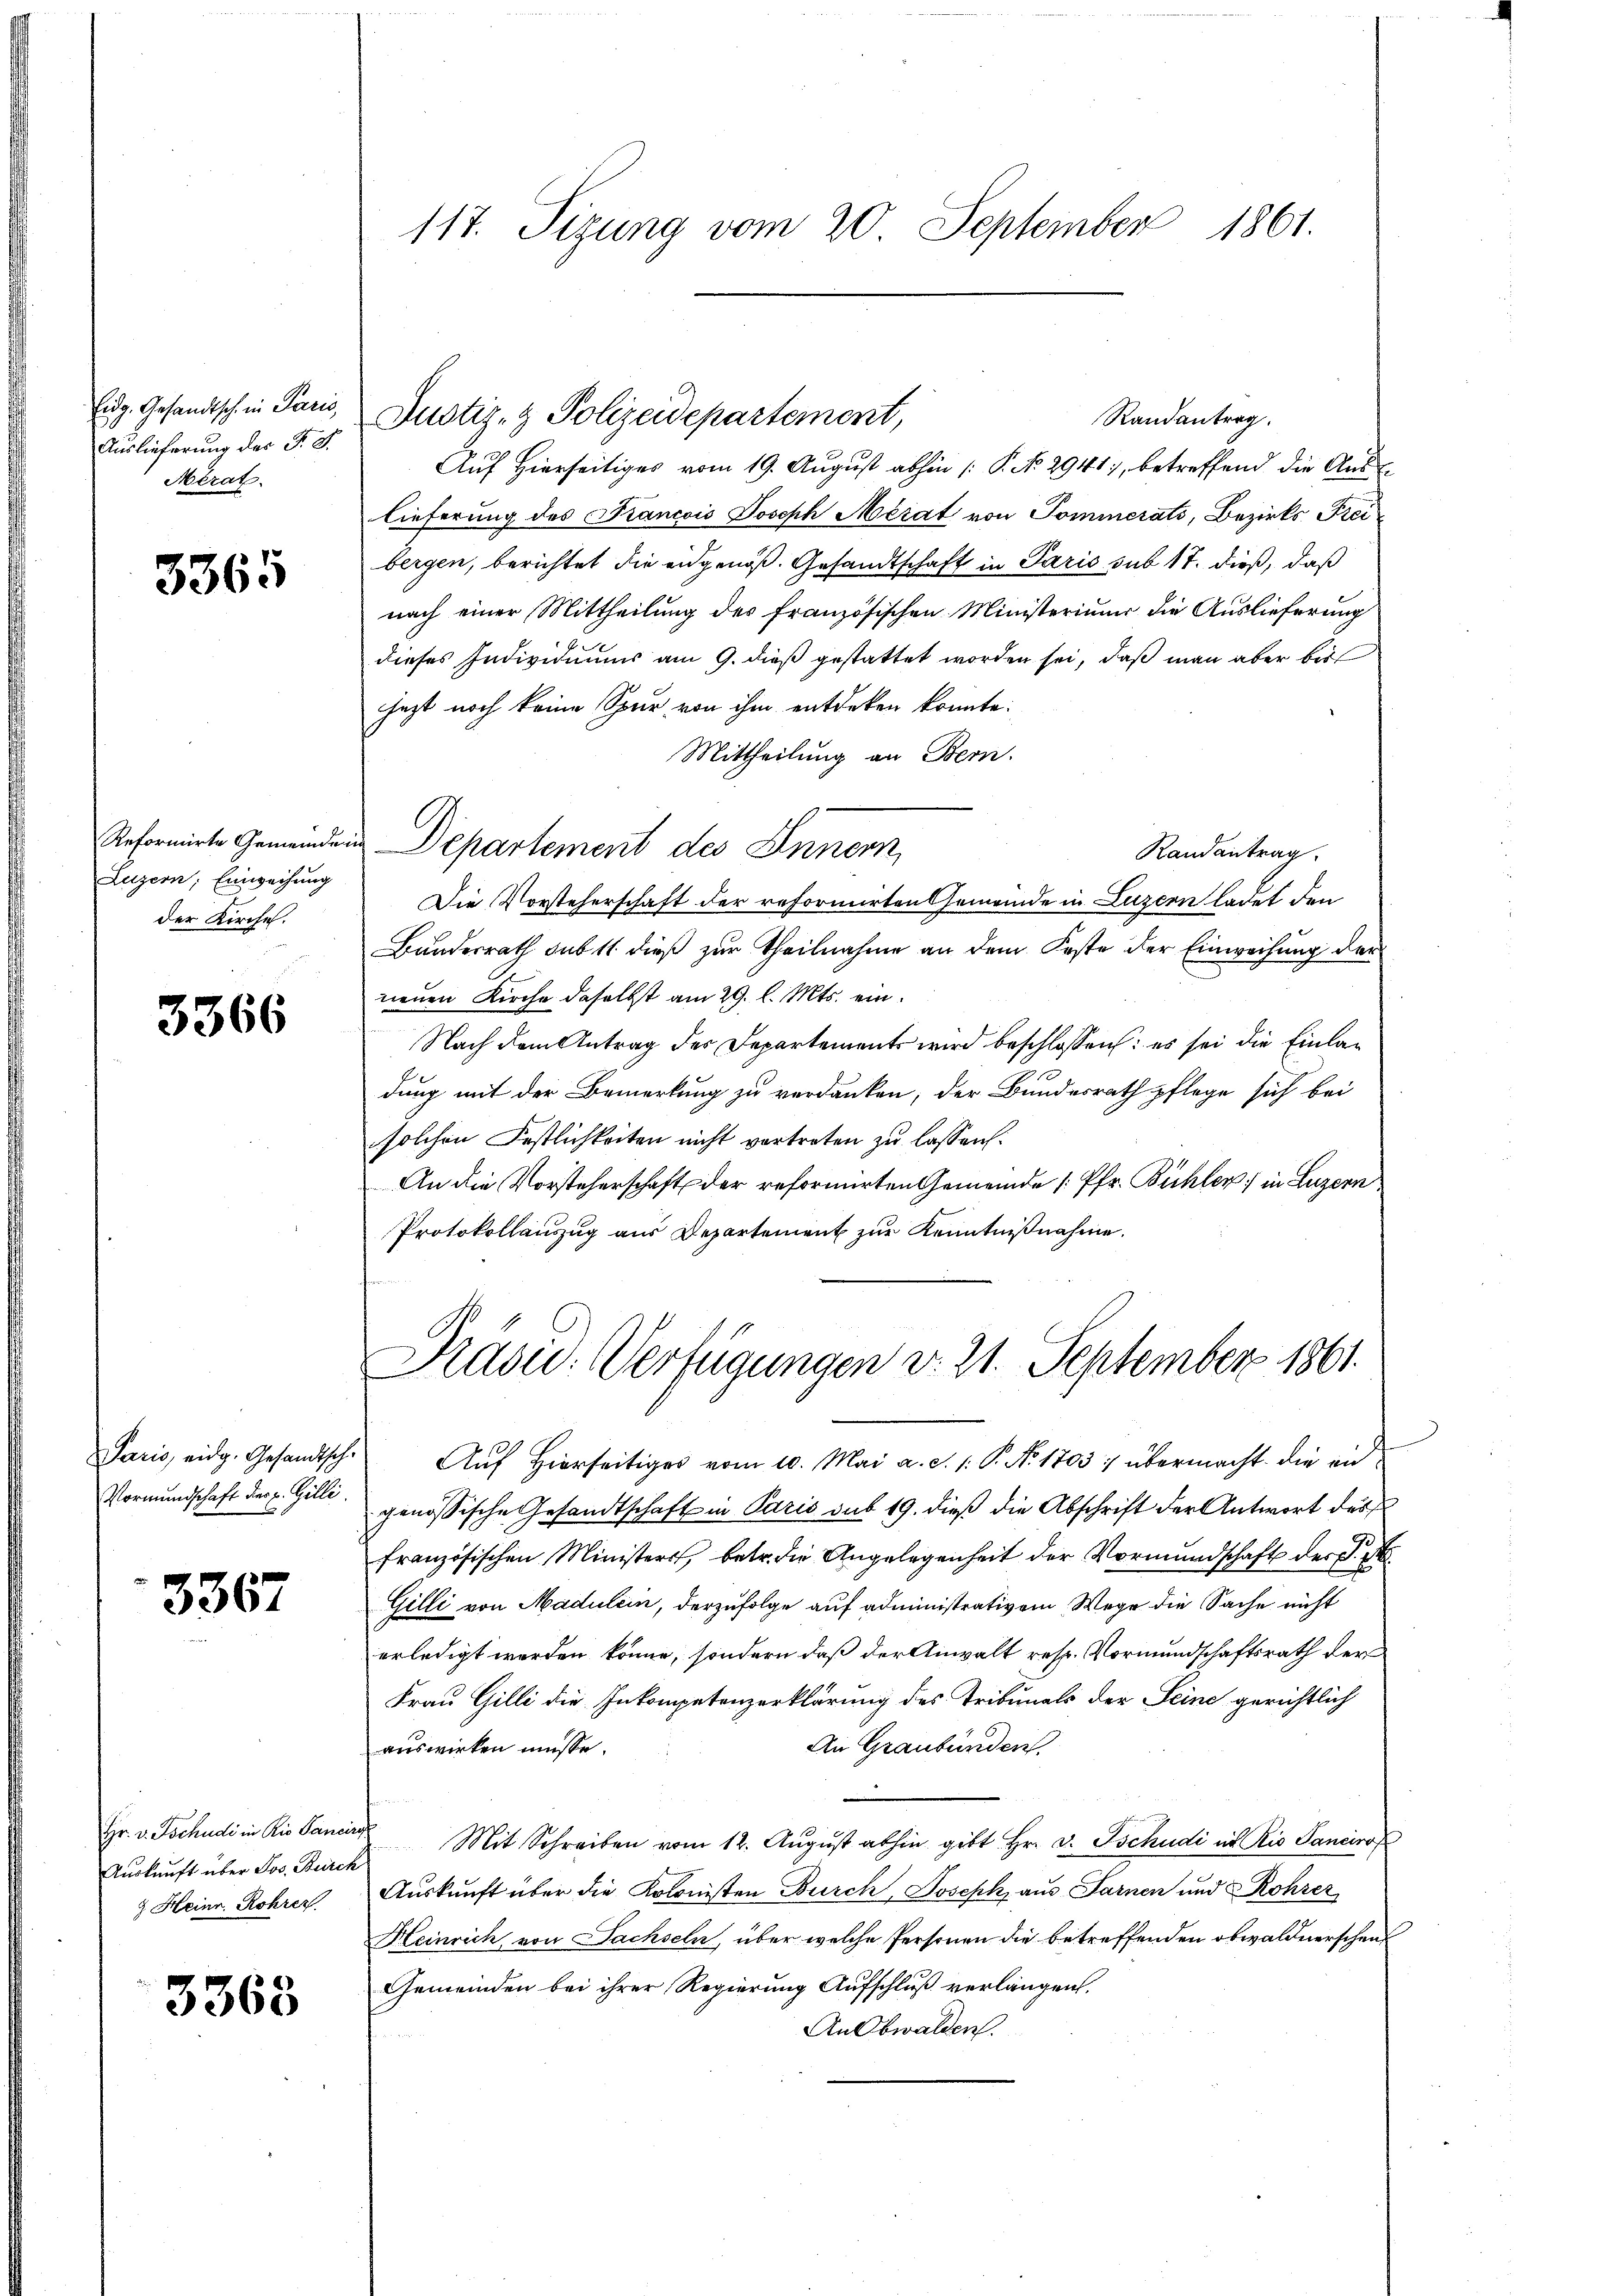
Eidg. Gesandtsch. in Paris,
Auslieferung des F. S.
Mérat

3365

Luzern, Einweisung
der Kirche.

3366

Paris, eidg. Gesandtsch.
Vormundschaft dies p. Gilli

3367

Auskunft über Jos. Burck
& Heinr. Rohrer

3363

Randantrag.
Auf Hierseitiges vom 19. August abhin (: P. N. 2941, betreffend die Aus
lieferung des Krancois Joseph Merat von Sommerati, Bezirks Freibergen, berichtet die eidgenoß. Gesandtschaft in Paris sub 17. dieß, daß
nach einer Mittheilung des französischen Ministerium die Auslieferung
dieses Individuums am 9. dieß gestattet worden sei, daß man aber bis
jezt noch keine Spur von ihm entdeken konnte.
Mittheilung an Bern.
Randantrag.
Die Vorsteherschaft der reformirten Gemeinde in Luzern ladet den
Bundesrath sub 11 dieß zur Theilnahme an dem Feste der Einweisung der
neuen Kirche daselbst am 29. l. Mts. ein.
Nach dem Antrag des Departements wird beschlossen: es sei die Einladung mit der Bemerkung zu verdanken, der Bundesrath pflege sich bei
solchen Festlichkeiten nicht vortreten zu lassen:
An die Vorsteherschaft der reformirten Gemeinde (Pfr. Bühler) in Luzern
Protokollauszug aus Departement zur Kenntnißnahme.

117. Sizung vom 20. September 1861.

Reformirte Gemeinden Departement des Innern,

Justiz- & Polizeidepartement,

Präsie-Verfügungen d. 21. September 1861.

Auf Hierseitiges vom 10. Mai a. c. 1: P. N. 1703 : übermacht die eingenössische Gesandtschaft in Paris sub 19. dieß die Abschrift der Antwort des
französischen Ministers, betr. die Angelegenheit der Vormundschaft der S.
Gilli von Madulein, derzufolge auf administrativem Wege die Sache nicht
erledigt werden könne, sondern daß der Anwalt resp. Vormundschaftsrath der
Frau Gilli die Inkompetenzerklärung des Tribunals der Seine gerichtlich
An Graubünden.
auswirken müsse.
Hr. v. Tschudi in Rio Cancer Mit Schreiben vom 12. Aŭgŭst abhin gibt Hr. v. Tschudi in Rio Sanciro
Auskunft über die Kolonisten Burch Joseph, aus Farnen und Rohrer
Heinrich von Sachseln, über welche Personen die betreffenden obwaldnerschent
Gemeinden bei ihrer Regierung Aufschluß verlangen.
An Obwalden.